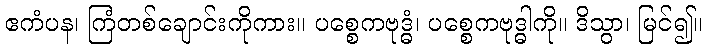
ဧကံပန၊ ကြံတစ်ချောင်းကိုကား။ ပစ္စေကဗုဒ္ဓံ၊ ပစ္စေကဗုဒ္ဓါကို။ ဒိသွာ၊ မြင်၍။